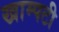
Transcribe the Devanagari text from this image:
खाम्पटी